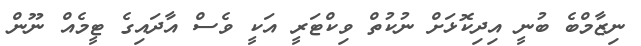
ނިޒާމްބެ ބުނީ އިދިކޮޅަށް ނުކުތް ވިކްޓަރީ އަކީ ވެސް އާދައިގެ ޓީމެއް ނޫން